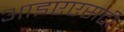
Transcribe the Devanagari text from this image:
आइएएसटी।